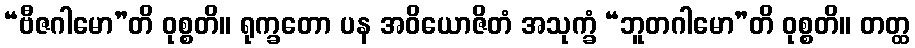
“ဗီဇဂါမော”တိ ဝုစ္စတိ။ ရုက္ခတော ပန အဝိယောဇိတံ အသုက္ခံ “ဘူတဂါမော”တိ ဝုစ္စတိ။ တတ္ထ